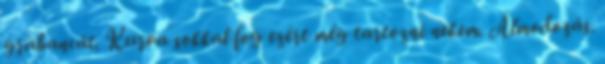
grabancát. Kurva sokkal fog ezért még tartozni nekem. Álmodozás.